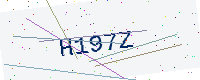
Text: H197Z